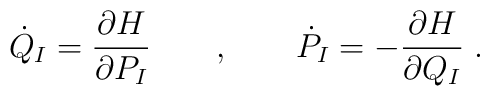
\dot{Q}_I = {\partial H \over \partial P_I} \qquad , \qquad \dot{P}_I = - {\partial H \over \partial Q_I} \; .